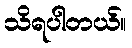
သိရပါတယ်။